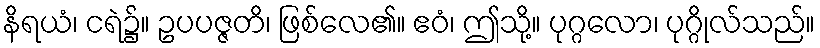
နိရယံ၊ ငရဲ၌။ ဥပပဇ္ဇတိ၊ ဖြစ်လေ၏။ ဧဝံ၊ ဤသို့။ ပုဂ္ဂလော၊ ပုဂ္ဂိုလ်သည်။